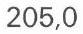
205,0